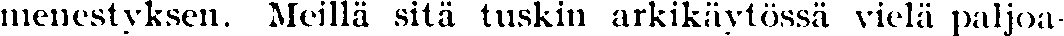
menestyksen. Meillä sitä tuskin arkikätössä vielä paljoa-